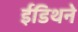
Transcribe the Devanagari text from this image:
ईडिथने